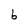
Character: b